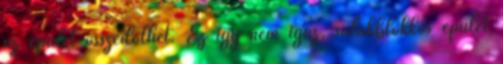
az épület összedőlhet. Ez így nem igaz, salakblokkos épület